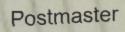
Postmaster